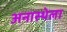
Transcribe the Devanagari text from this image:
अनास्थेला